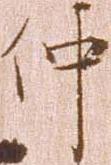
仲